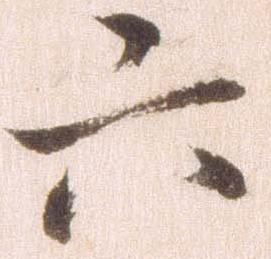
六